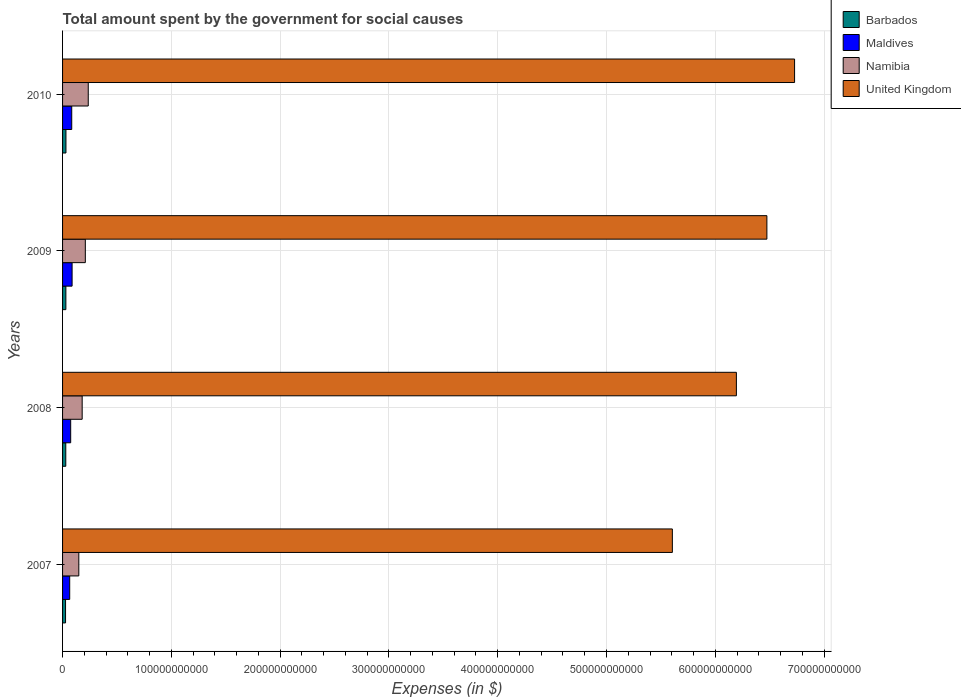
| Years | Barbados | Maldives | Namibia | United Kingdom |
 | --- | --- | --- | --- | --- |
 | 2007 | 2.73e+09 | 6.56e+09 | 1.49e+10 | 5.61e+11 |
 | 2008 | 2.96e+09 | 7.46e+09 | 1.8e+10 | 6.19e+11 |
 | 2009 | 3.04e+09 | 8.76e+09 | 2.09e+10 | 6.47e+11 |
 | 2010 | 3.11e+09 | 8.43e+09 | 2.36e+10 | 6.73e+11 |